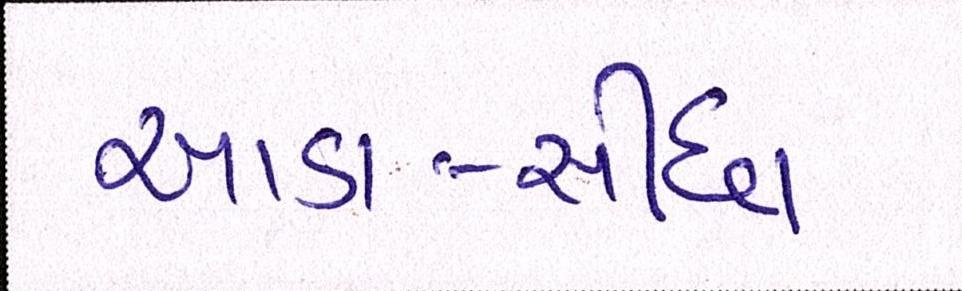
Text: આડા-સીધા